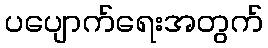
ပပျောက်ရေးအတွက်